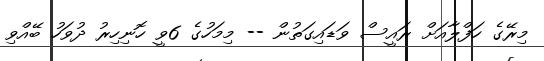
މިރޭގެ ހަފްލާއަށް ރައީސް ވަޑައިގަތުން -- މިމަހުގެ 6ވީ ހޮނިހިރު ދުވަހު ބޭއްވި